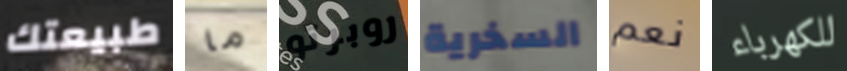
طبيعتك ما روبرتو السخرية نعم للكهرباء